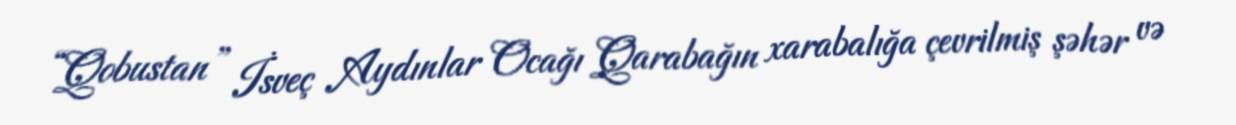
“Qobustan” İsveç Aydınlar Ocağı Qarabağın xarabalığa çevrilmiş şəhər və